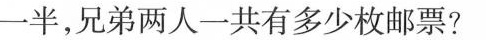
一半，兄弟两人一共有多少枚邮票?